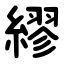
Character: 繆